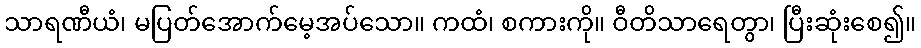
သာရဏီယံ၊ မပြတ်အောက်မေ့အပ်သော။ ကထံ၊ စကားကို။ ဝီတိသာရေတွာ၊ ပြီးဆုံးစေ၍။